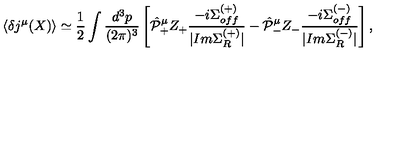
\langle \delta j ^ { \mu } ( X ) \rangle \simeq \frac { 1 } { 2 } \int \frac { d ^ { 3 } p } { ( 2 \pi ) ^ { 3 } } \left[ \hat { \cal P } _ { + } ^ { \mu } Z _ { + } \frac { - i \Sigma _ { o f f } ^ { ( + ) } } { | I m \Sigma _ { R } ^ { ( + ) } | } - \hat { \cal P } _ { - } ^ { \mu } Z _ { - } \frac { - i \Sigma _ { o f f } ^ { ( - ) } } { | I m \Sigma _ { R } ^ { ( - ) } | } \right] ,